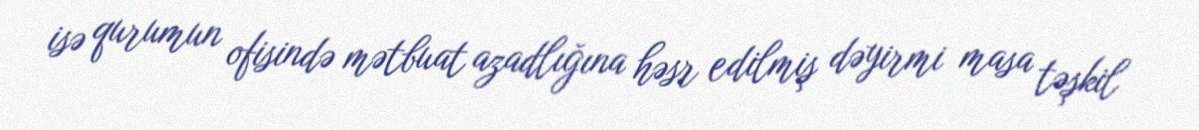
isə qurumun ofisində mətbuat azadlığına həsr edilmiş dəyirmi masa təşkil